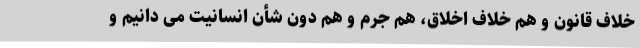
خلاف قانون و هم خلاف اخلاق، هم جرم و هم دون شأن انسانیت می دانیم و